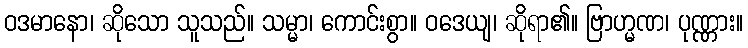
ဝဒမာနော၊ ဆိုသော သူသည်။ သမ္မာ၊ ကောင်းစွာ။ ဝဒေယျ၊ ဆိုရာ၏။ ဗြာဟ္မဏ၊ ပုဏ္ဏား။